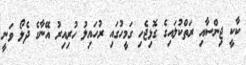
ކާކީ ޖިންސާއި ރަތްކުލައިގެ ގޮޅިޖެހި ގަމީހުގައި ރުހައިލު ހުރިއިރު އޭނާގެ ދެލޯ ވަނީ